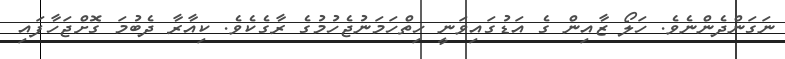
ނަގަންދެންނެވެ. ހަލޯ ޒާއިން ގެ އަޑުގައިވަނީ ހިތްހަމަނުޖެހުމުގެ ރާގެކެވެ. ކިއާރާ ދެބުމަ ގޮށްޖަހާފައި